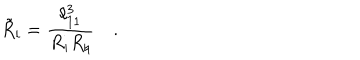
{ \tilde { R } } _ { i } = { \frac { \ell _ { 1 1 } ^ { 3 } } { R _ { i } R _ { \natural } } } \quad .